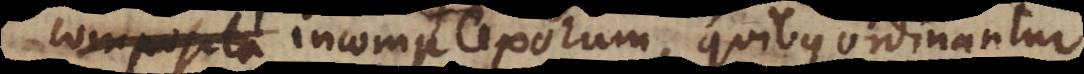
composita incomplexorum, quibus ordinantur